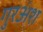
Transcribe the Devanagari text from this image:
गुरअंश